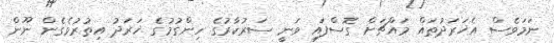
ނަމަވެސް އެޚަރަދުތައް މައްޗަށް ގޮސްފައި ވަނީ ސަރުކާރުގެ ހިންގުމުގެ ޚަރަދު އިތުރުވެގެން ނޫން